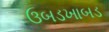
ઉબડખાબડ